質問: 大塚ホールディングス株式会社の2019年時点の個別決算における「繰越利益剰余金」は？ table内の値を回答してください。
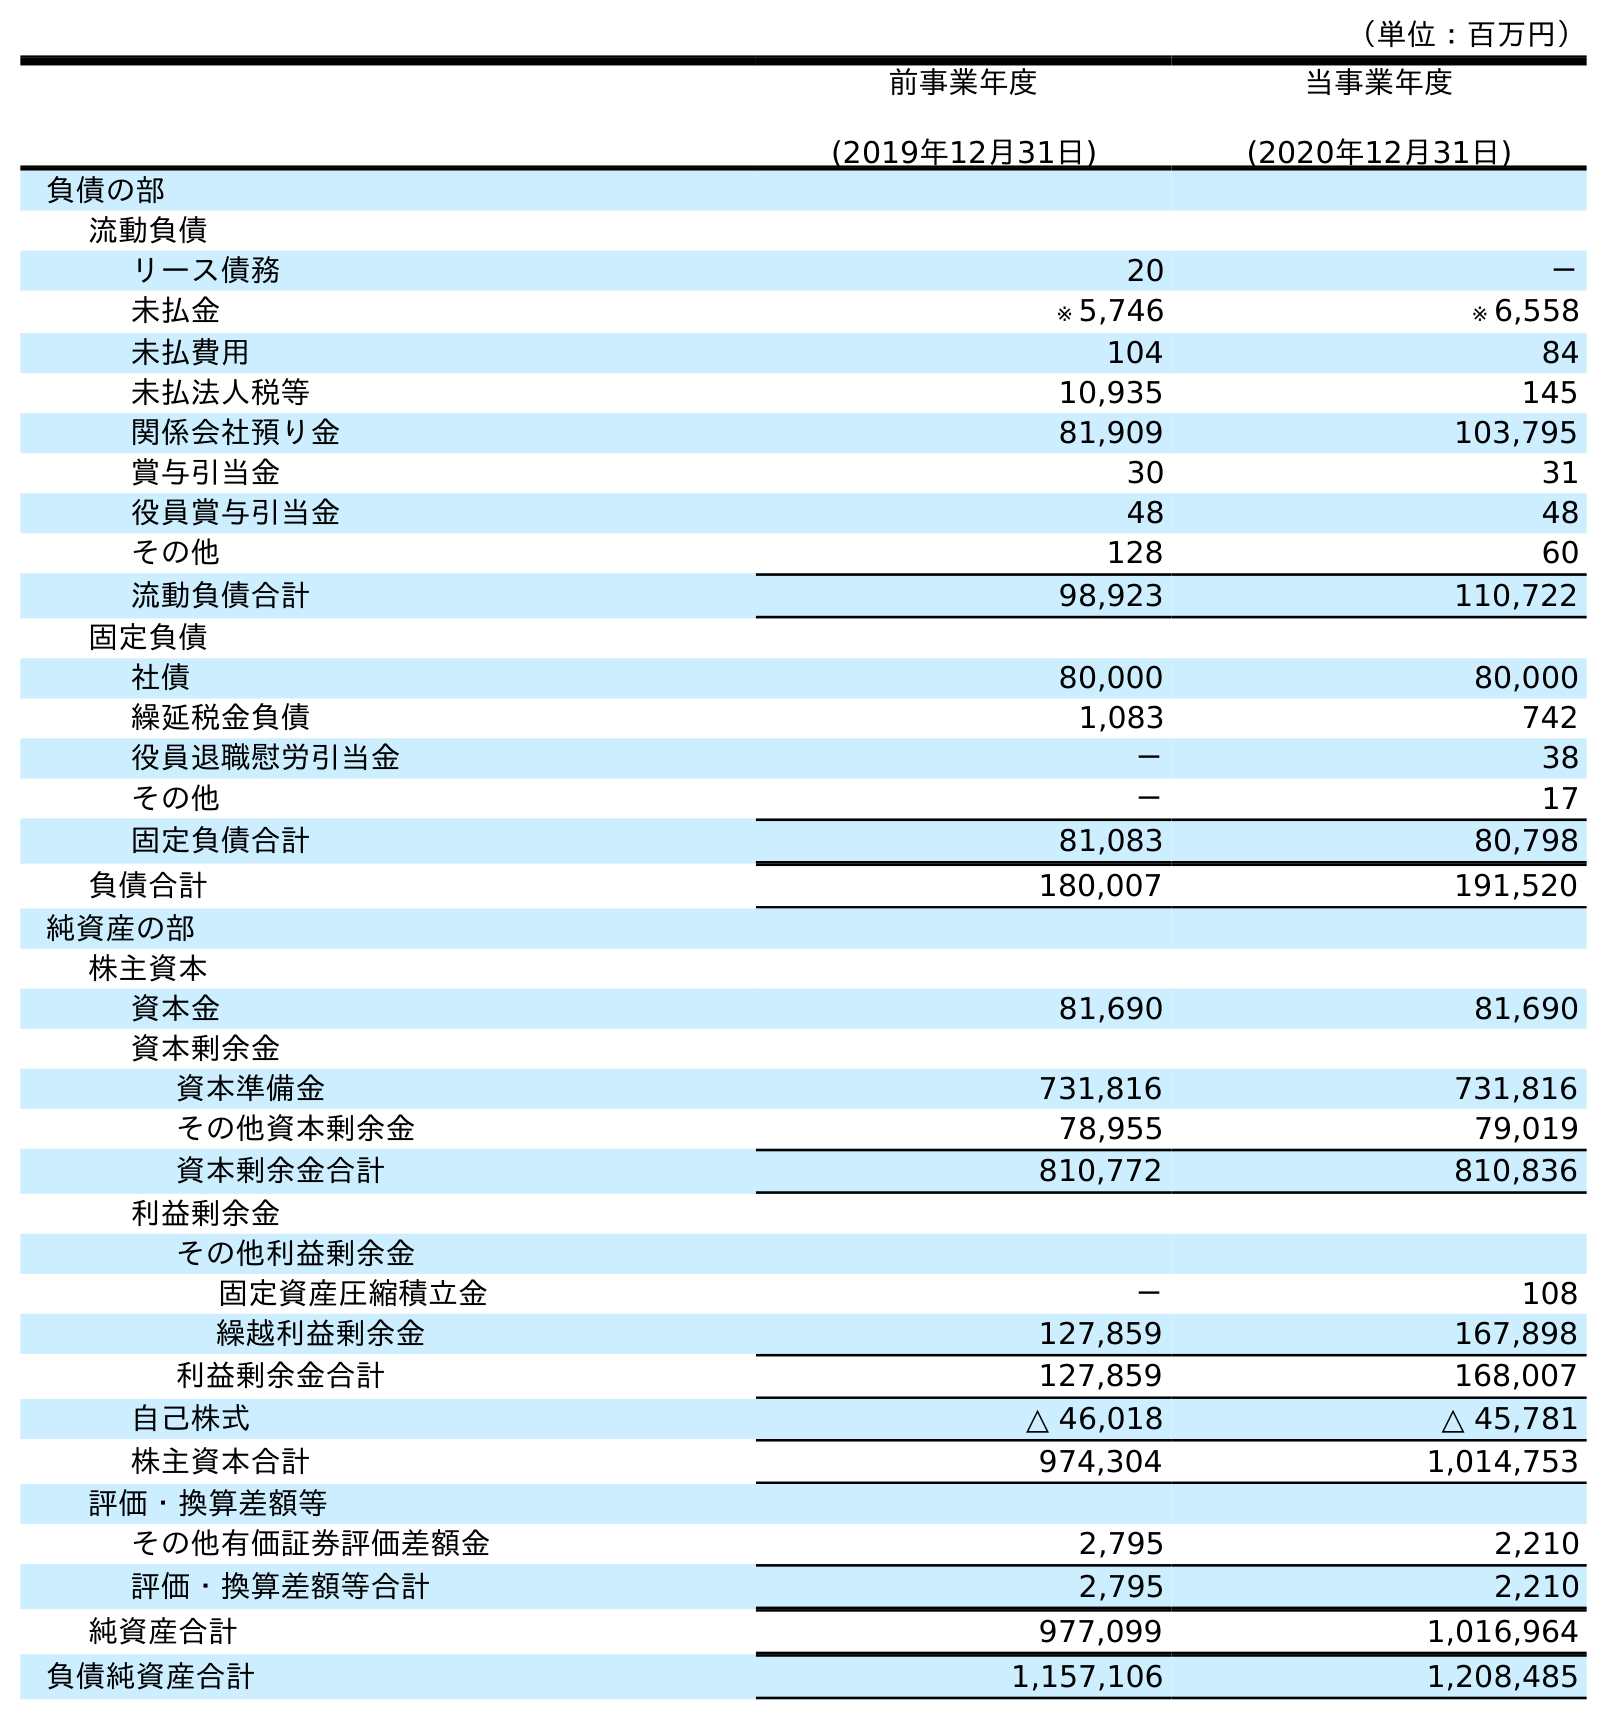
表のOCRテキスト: （単位：百万円） 前事業年度 (2019年12月31日) 当事業年度 (2020年12月31日) 負債の部 流動負債 リース債務 20 － 未払金 ※ 5,746 ※ 6,558 未払費用 104 84 未払法人税等 10,935 145 関係会社預り金 81,909 103,795 賞与引当金 30 31 役員賞与引当金 48 48 その他 128 60 流動負債合計 98,923 110,722 固定負債 社債 80,000 80,000 繰延税金負債 1,083 742 役員退職慰労引当金 － 38 その他 － 17 固定負債合計 81,083 80,798 負債合計 180,007 191,520 純資産の部 株主資本 資本金 81,690 81,690 資本剰余金 資本準備金 731,816 731,816 その他資本剰余金 78,955 79,019 資本剰余金合計 810,772 810,836 利益剰余金 その他利益剰余金 固定資産圧縮積立金 － 108 繰越利益剰余金 127,859 167,898 利益剰余金合計 127,859 168,007 自己株式 △ 46,018 △ 45,781 株主資本合計 974,304 1,014,753 評価・換算差額等 その他有価証券評価差額金 2,795 2,210 評価・換算差額等合計 2,795 2,210 純資産合計 977,099 1,016,964 負債純資産合計 1,157,106 1,208,485
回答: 127,859